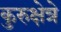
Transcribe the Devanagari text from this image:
कुरुक्षेत्रे